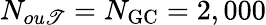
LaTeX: N_{ou\mathscr{T}}=N_{\mathrm{{GC}}}=2,000